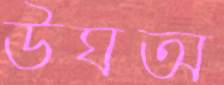
উঘঅ